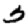
Digit: 3